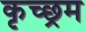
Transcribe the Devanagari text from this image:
कृच्छ्रम